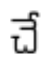
చే